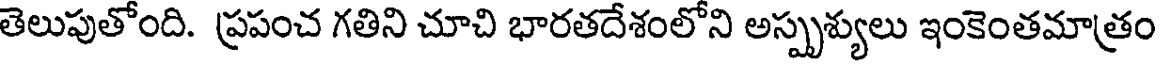
తెలుపుతోంది. ప్రపంచ గతిని చూచి భారతదేశంలోని అస్పృశ్యులు ఇంకెంతమాత్రం